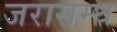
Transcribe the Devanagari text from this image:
जरासम्घ